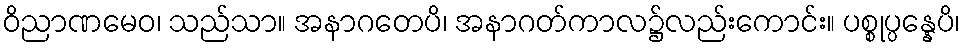
ဝိညာဏမေဝ၊ သည်သာ။ အနာဂတေပိ၊ အနာဂတ်ကာလ၌လည်းကောင်း။ ပစ္စုပ္ပန္နေပိ၊